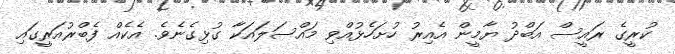
ކުރީގެ ރައީސް އަބްދު ޔާމީން އެއިރު ހުށަހެޅުއްވި މައްސަލައަކާ ގުޅިގެނެވެ. އެކެއް ފެބްރުއަރީގައި